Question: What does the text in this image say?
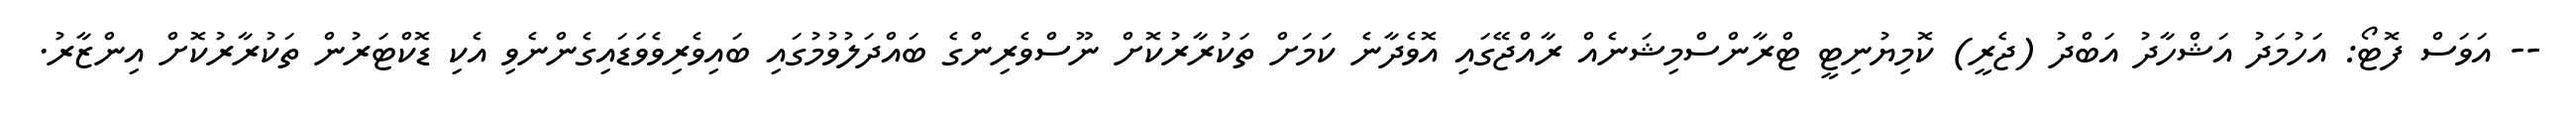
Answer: -- އަވަސް ފޮޓޯ: އަހުމަދު އަޝްހާދު އަބްދު (ޖެރީ) ކޮމިޔުނިޓީ ޓްރާންސްމިޝަނެއް ރާއްޖޭގައި އޮވެދާނެ ކަމަށް ތަކުރާރުކޮށް ނޫސްވެރިންގެ ބައްދަލުވުމުގައި ބައިވެރިވެވަޑައިގެންނެވި އެކި ޑޮކްޓަރުން ތަކުރާރުކޮށް އިންޒާރު.